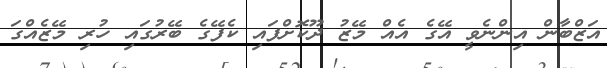
އަޒްބާން އިންނެވީ އޭގެ އެއް މޭޒު ދޫކޮށްފައި ކެފޭގެ ބޭރުގައި ހުރި މޭޒެއްގަ